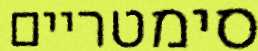
סימטריים